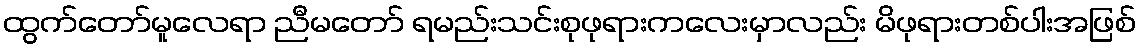
ထွက်တော်မူလေရာ ညီမတော် ရမည်းသင်းစုဖုရားကလေးမှာလည်း မိဖုရားတစ်ပါးအဖြစ်